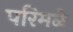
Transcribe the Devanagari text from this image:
परिमळे